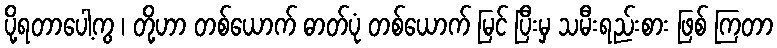
ပို့ရတာပေါ့ကွ ၊ တို့ဟာ တစ်ယောက် ဓာတ်ပုံ တစ်ယောက် မြင် ပြီးမှ သမီးရည်းစား ဖြစ် ကြတာ